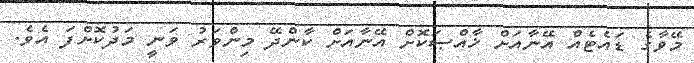
މޭވާގެ ޑައެޓެއް އޭނާއަށް ޚާއްޞަކޮށް އޭނާއަށް ކާންދޭ މިންވަރު ވަނީ މަދުކޮށްފަ އެވެ.